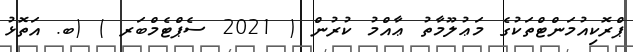
ޕްރޮކިއުމަންޓްތަކުގެ މަޢުލޫމާތު ޢާއްމު ކުރުން ( 2021 ސެޕްޓެމްބަރ ) (ބ. އަތޮޅު